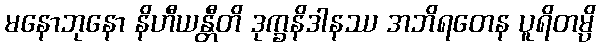
မနောဘုနော နိဟီယန္တီတိ ဒုက္ခနိဒါနဿ အဘိရတေန ပူရိတမ္ပိ